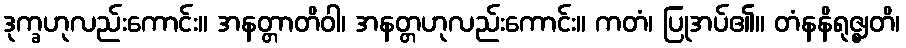
ဒုက္ခဟုလည်းကောင်း။ အနတ္တာတိဝါ၊ အနတ္တဟုလည်းကောင်း။ ကတံ၊ ပြုအပ်၏။ တံနနိရုဇ္ဈတိ၊